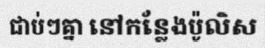
ជាប់ៗគ្នា នៅកន្លែងប៉ូលិស